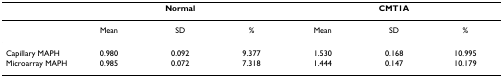
|  | <COLSPAN=3> Normal | <COLSPAN=3> CMT1A |
 | --- | --- | --- | --- | --- | --- | --- |
 |  | Mean | SD | % | Mean | SD | % |
 | Capillary MAPH | 0.980 | 0.092 | 9.377 | 1.530 | 0.168 | 10.995 |
 | Microarray MAPH | 0.985 | 0.072 | 7.318 | 1.444 | 0.147 | 10.179 |